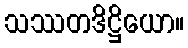
သဿတဒိဋ္ဌိယော။